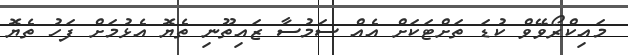
މައިކްރޯވޭވް ކުޑަ ތަށްޓަކަށް އެއް ސަމުސާ ޒައިތޫނި ތެޔޮ އެޅުމަށް ފަހު ތެޔޮ